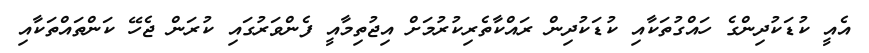
އެއީ ކުޑަކުދިންގެ ހައްގުތަކާއި ކުޑަކުދިން ރައްކާތެރިކުރުމަށް އިޖުތިމާއީ ފެންވަރުގައި ކުރަން ޖެހޭ ކަންތައްތަކާއި